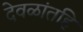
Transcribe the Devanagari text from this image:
देवळांतहि